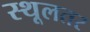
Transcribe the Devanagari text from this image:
स्थूलतर